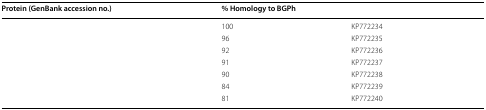
<table><thead><tr><td><b>Protein (GenBank accession no.)</b></td><td><b>% Homology to BGPh</b></td><td>[EMPTY_CELL]</td></tr></thead><tbody><tr><td>[EMPTY_CELL]</td><td>100</td><td>KP772234</td></tr><tr><td>[EMPTY_CELL]</td><td>96</td><td>KP772235</td></tr><tr><td>[EMPTY_CELL]</td><td>92</td><td>KP772236</td></tr><tr><td>[EMPTY_CELL]</td><td>91</td><td>KP772237</td></tr><tr><td>[EMPTY_CELL]</td><td>90</td><td>KP772238</td></tr><tr><td>[EMPTY_CELL]</td><td>84</td><td>KP772239</td></tr><tr><td>[EMPTY_CELL]</td><td>81</td><td>KP772240</td></tr></tbody></table>